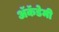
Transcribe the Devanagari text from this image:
अॅकॅडेमी